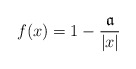
\begin{align*}f(x)=1-\frac{\mathfrak{a}}{|x|}\end{align*}